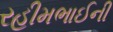
રહીમભાઈની